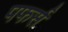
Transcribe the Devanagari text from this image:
पफर्स